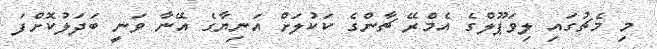
މި މެޗުގައި ލިވަޕޫލްގެ އެމްރޭ ޗާންގެ ކަކުލަށް އަނިޔާގެ އޭނާ ވަނީ ބަދަލުކޮށްފަ